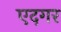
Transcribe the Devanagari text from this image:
एदगर